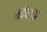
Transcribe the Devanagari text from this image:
न्ह्येयाला